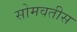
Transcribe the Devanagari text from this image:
सोमवतीस